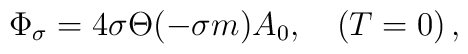
\Phi_\sigma= 4\sigma\Theta(-\sigma m)A_0, \quad (T=0)\,,